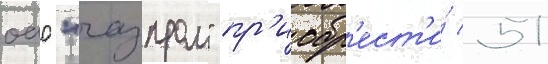
оао "газпром" пр'иобр'ест'и́ 51